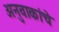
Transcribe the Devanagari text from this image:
अनुवाकांचे